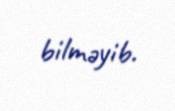
bilməyib.